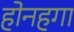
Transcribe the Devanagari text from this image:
होनहगा